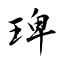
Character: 琕